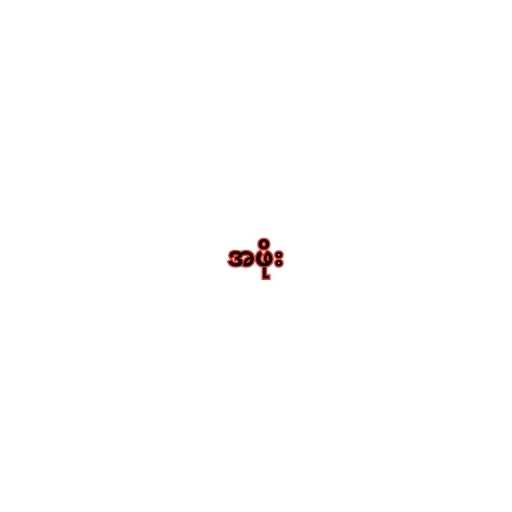
အဖိုး